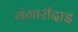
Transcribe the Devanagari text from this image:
गंगारीदाइ